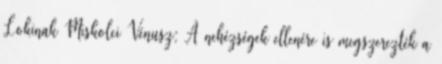
Lokinak Miskolci Vénusz: A nehézségek ellenére is megszerezték a